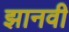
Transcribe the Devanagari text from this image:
झानवी